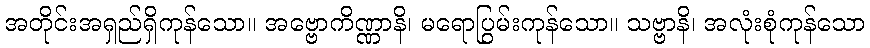
အတိုင်းအရှည်ရှိကုန်သော။ အဗ္ဗောကိဏ္ဏာနိ၊ မရောပြွမ်းကုန်သော။ သဗ္ဗာနိ၊ အလုံးစုံကုန်သော